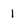
Character: 1